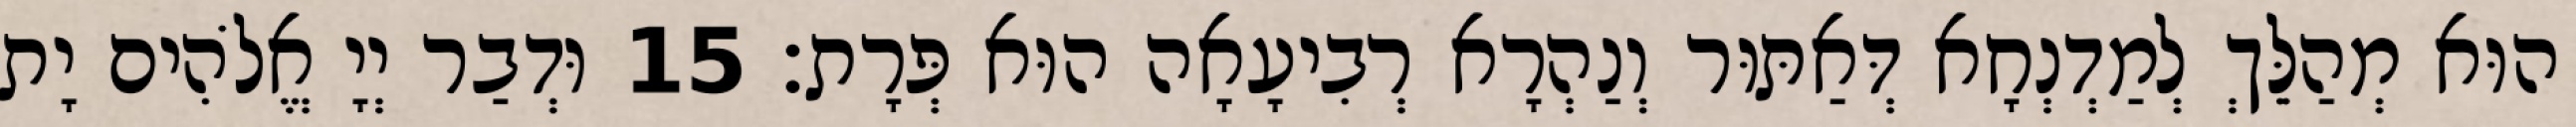
הוּא מְהַלֵּךְ לְמַדְנְחָא דְּאַתּוּר וְנַהְרָא רְבִיעָאָה הוּא פְּרָת׃ 15 וּדְבַר יְיָ אֱלֹהִים יָת